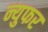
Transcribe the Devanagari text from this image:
न्युफर